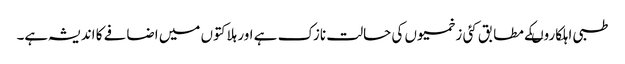
طبی اہلکاروںکے مطابق کئی زخمیوں کی حالت نازک ہے اور ہلاکتوں میں اضافے کا اندیشہ ہے۔